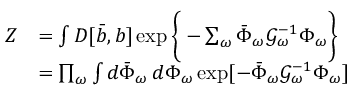
\begin{array} { r l } { Z } & { = \int D [ \bar { b } , b ] \exp \bigg \{ - \sum _ { \omega } \bar { \Phi } _ { \omega } \mathcal { G } _ { \omega } ^ { - 1 } \Phi _ { \omega } \bigg \} } \\ & { = \prod _ { \omega } \int d \bar { \Phi } _ { \omega } \, d \Phi _ { \omega } \exp [ - \bar { \Phi } _ { \omega } \mathcal { G } _ { \omega } ^ { - 1 } \Phi _ { \omega } ] } \end{array}